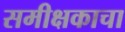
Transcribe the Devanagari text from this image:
समीक्षकाचा